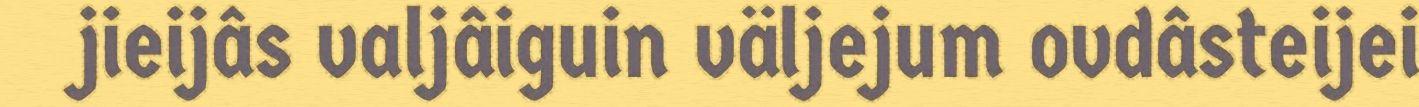
jieijâs valjâiguin väljejum ovdâsteijei